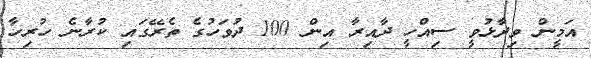
އަމީން ވިދާޅުވީ ސިއްހީ ދާއިރާ އިން 100 ދުވަހުގެ ތެރޭގައި ކުރާނެ ހުރިހާ